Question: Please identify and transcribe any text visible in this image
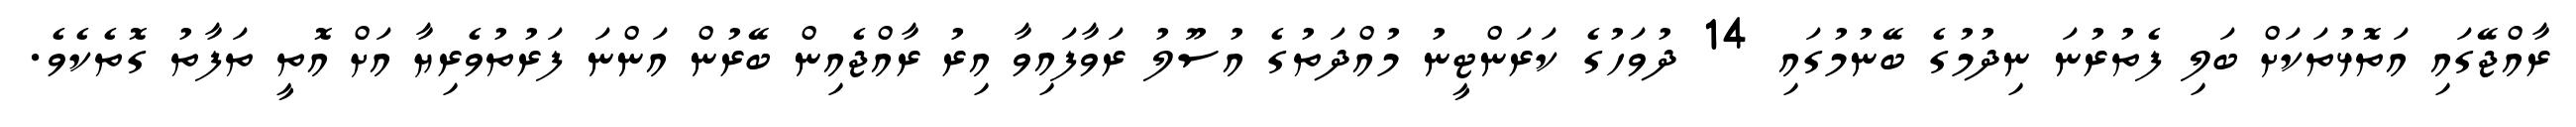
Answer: ރާއްޖޭގައި އަތޮޅުތަކަށް ބަލި ފެތުރުނަ ނިދުމުގެ ބޭނުމުގައި 14 ދުވަހުގެ ކަރަންޓީނު މުއްދަތުގެ އުސޫލު ރަވާފައިވާ އިރު ރާއްޖެއިން ބޭރުން އަންނަ ފަރުތުވެރިޔާ އަށް އޮތީ ތަފާތު ގޮތެކެވެ.